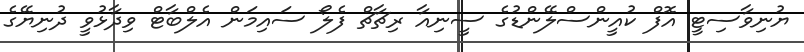
ޔުނިވާސިޓީ އޮފް ކުއީންސްލޭންޑުގެ ސީނިއާ ރިޗާޗް ފެލޯ ސައިމަން އެލްބާޓް ވިދާޅުވީ ދުނިޔޭގެ